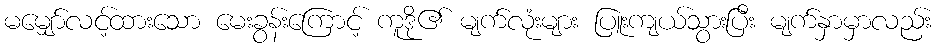
မမျှော်လင့်ထားသော မေးခွန်းကြောင့် ကူဒို၏ မျက်လုံးများ ပြူးကျယ်သွားပြီး မျက်နှာမှာလည်း